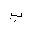
Letter: _ba